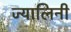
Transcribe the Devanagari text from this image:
ज्यालिनी